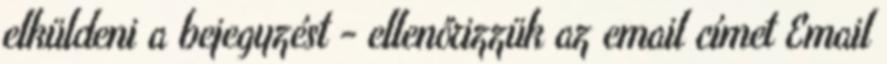
elküldeni a bejegyzést - ellenőrizzük az email címet Email